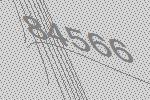
84566